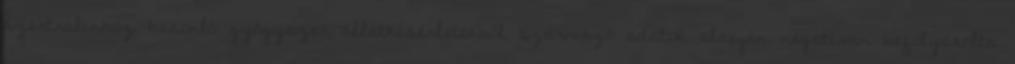
szertralinhoz hasonló gyógyszer állatkísérletekből származó adatok alapján negatívan befolyásolta